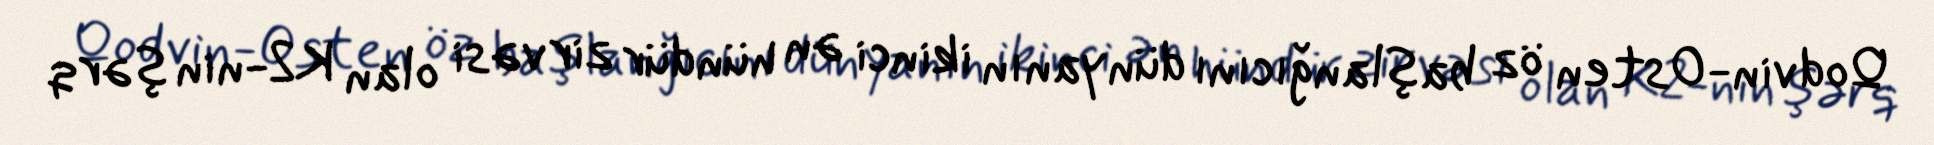
Qodvin-Osten öz başlanğıcını dünyanın ikinci ən hündür zirvəsi olan K2-nin şərq